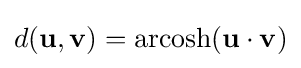
d(\mathbf {u} ,\mathbf {v} )=\operatorname {arcosh} (\mathbf {u} \cdot \mathbf {v} )